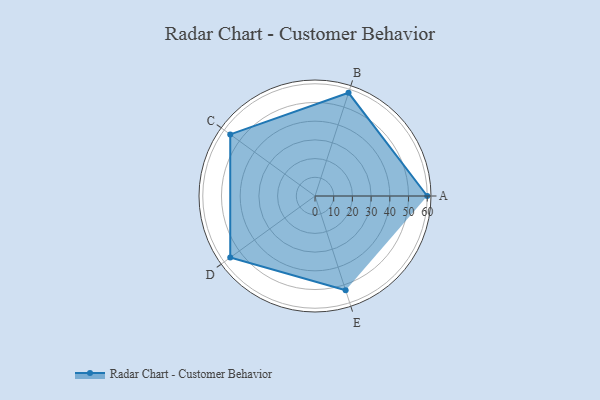
{"axis": {"x": "Skill", "y": "Score"}, "legend": ["Profile"], "data": [{"x": "A", "y": 60.0, "type": "Profile"}, {"x": "B", "y": 58.0, "type": "Profile"}, {"x": "C", "y": 56.0, "type": "Profile"}, {"x": "D", "y": 56.0, "type": "Profile"}, {"x": "E", "y": 53.0, "type": "Profile"}]}